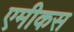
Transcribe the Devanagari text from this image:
एमीकस